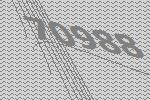
70988